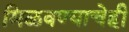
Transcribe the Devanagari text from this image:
मिळवण्याचेही